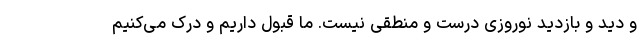
و دید و بازدید نوروزی درست و منطقی نیست. ما قبول داریم و درک می‌کنیم